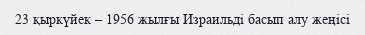
23 қыркүйек – 1956 жылғы Израильді басып алу жеңісі